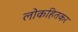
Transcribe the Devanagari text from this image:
लोकहितकर